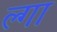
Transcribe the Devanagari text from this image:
ल्गा